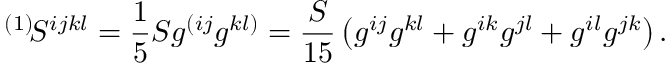
{ } ^ { ( 1 ) } \! S ^ { i j k l } = \frac 1 5 S g ^ { ( i j } g ^ { k l ) } = \frac S { 1 5 } \left( g ^ { i j } g ^ { k l } + g ^ { i k } g ^ { j l } + g ^ { i l } g ^ { j k } \right) .